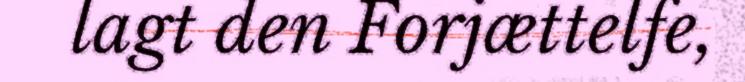
lagt den Forjættelfe,